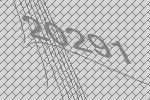
20291